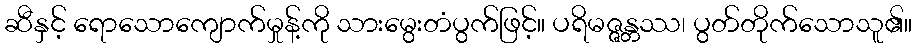
ဆီနှင့် ရောသောကျောက်မှုန့်ကို သားမွေးတံပွက်ဖြင့်။ ပရိမဇ္ဇန္တဿ၊ ပွတ်တိုက်သောသူ၏။